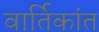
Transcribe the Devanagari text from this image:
वार्तिकांत